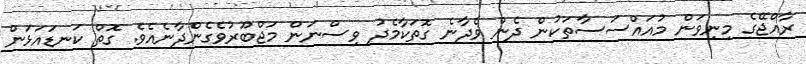
ރާއްޖޭގެ މިނިވަން މުއައްސަސާތަކުން ދެން ވެދާނެ ގޮތަކާމެދު ވިސްނަން މަޖްބޫރުވެގެންދާނެއެވެ. ގޮތް ކަނޑައަޅަން